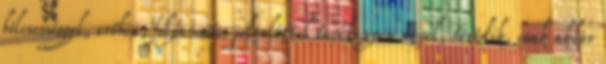
bölcsességgel, erőben, folyamatos jelenléttel tevékenyen nevel, törődik, csak akkor